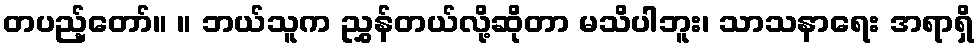
တပည့်တော်။ ။ ဘယ်သူက ညွှန်တယ်လို့ဆိုတာ မသိပါဘူး၊ သာသနာရေး အရာရှိ